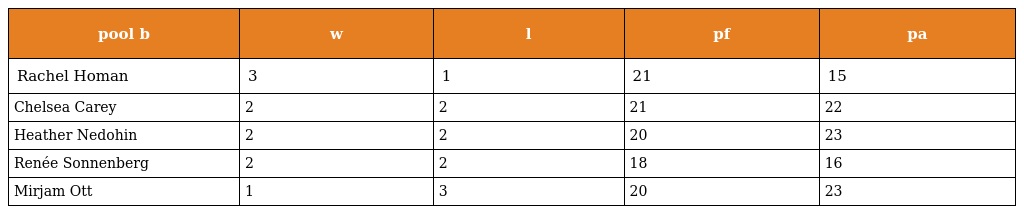
| pool b | w | l | pf | pa |
 | --- | --- | --- | --- | --- |
 | Rachel Homan | 3 | 1 | 21 | 15 |
 | Chelsea Carey | 2 | 2 | 21 | 22 |
 | Heather Nedohin | 2 | 2 | 20 | 23 |
 | Renée Sonnenberg | 2 | 2 | 18 | 16 |
 | Mirjam Ott | 1 | 3 | 20 | 23 |